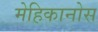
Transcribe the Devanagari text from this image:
मेहिकानोस